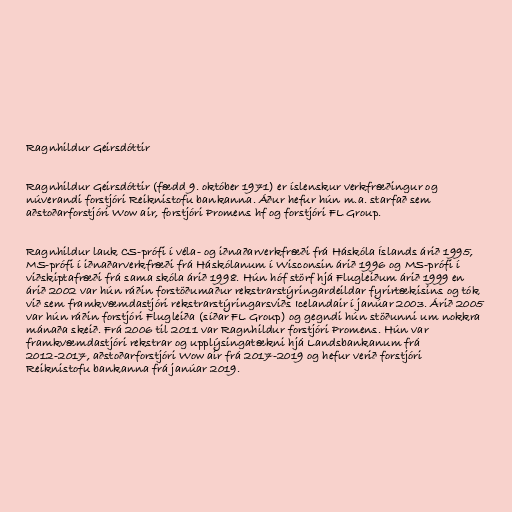
Ragnhildur Geirsdóttir

Ragnhildur Geirsdóttir (fædd 9. október 1971) er íslenskur verkfræðingur og
núverandi forstjóri Reiknistofu bankanna. Áður hefur hún m.a. starfað sem
aðstoðarforstjóri Wow air, forstjóri Promens hf og forstjóri FL Group.

Ragn­hildur lauk CS-prófi í véla- og iðn­að­ar­verk­fræði frá Háskóla Íslands árið 1995,
MS-prófi í iðn­að­ar­verk­fræði frá Háskól­anum í Wisconsin árið 1996 og MS-prófi í
við­skipta­fræði frá sama skóla árið 1998. Hún hóf störf hjá Flug­leiðum árið 1999 en
árið 2002 var hún ráðin for­stöðumaður rekstr­ar­stýr­ing­ar­deild­ar fyrirtækisins og tók
við sem fram­kvæmda­stjóri rekstr­ar­stýr­ing­ar­sviðs Icelanda­ir í janú­ar 2003. Árið 2005
var hún ráðin forstjóri Flugleiða (síðar FL Group) og gegndi hún stöðunni um nokkra
mánaða skeið. Frá 2006 til 2011 var Ragnhildur forstjóri Promens. Hún var
framkvæmdastjóri rekstrar og upplýsingatækni hjá Landsbankanum frá
2012-2017, aðstoðarforstjóri Wow air frá 2017-2019 og hefur verið forstjóri
Reiknistofu bankanna frá janúar 2019.